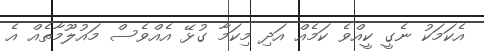
އެކަަމަކު ނެގީ ކީއްވެ ކަމެއް އަދި މިކަމާ ގުޅޭ އެއްވެސް މައުލޫމާތެއް އެ